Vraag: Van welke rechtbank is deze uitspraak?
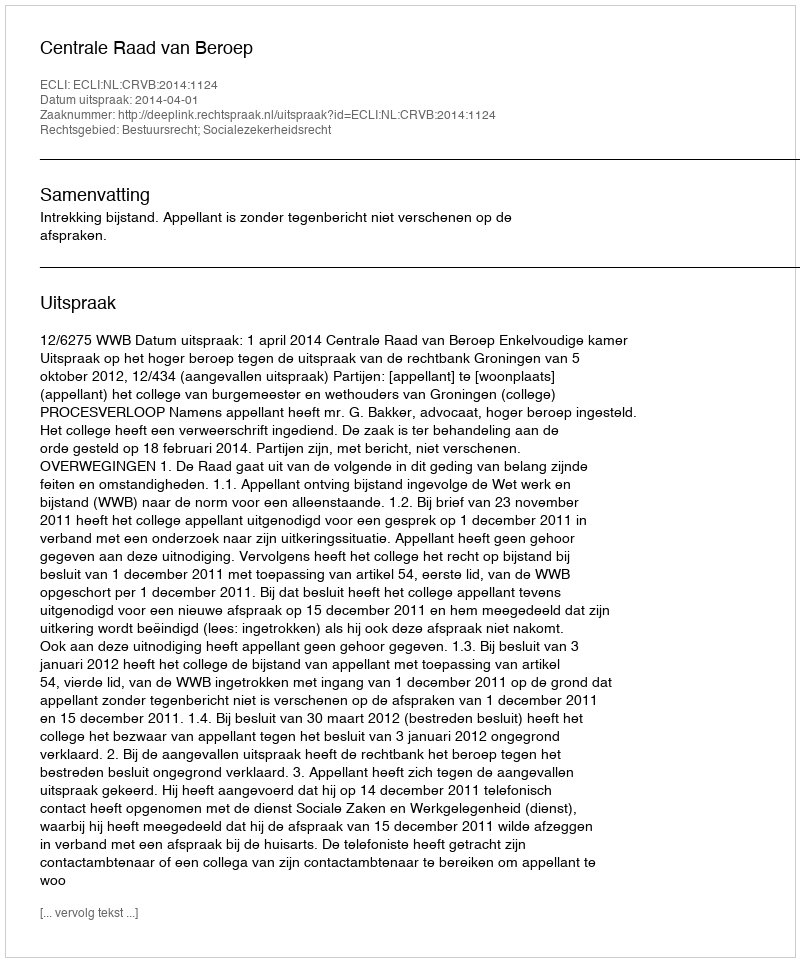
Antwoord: Centrale Raad van Beroep